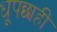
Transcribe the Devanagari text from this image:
धूपछाहीं